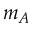
m _ { A }